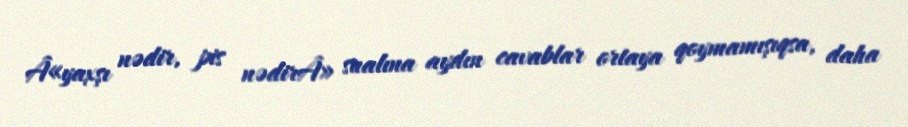
Â«yaxşı nədir, pis nədirÂ» sualına aydın cavablar ortaya qoymamışıqsa, daha